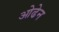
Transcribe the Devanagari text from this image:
ओढेन